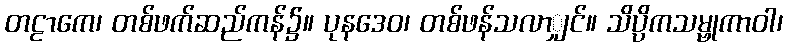
တဠာကေ၊ တစ်ဖက်ဆည်ကန်၌။ ပုနဒေဝ၊ တစ်ဖန်သလာျှင်။ သိပ္ပိကသမ္ဗုကာဝါ၊